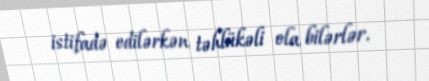
istifadə edilərkən təhlükəli ola bilərlər.